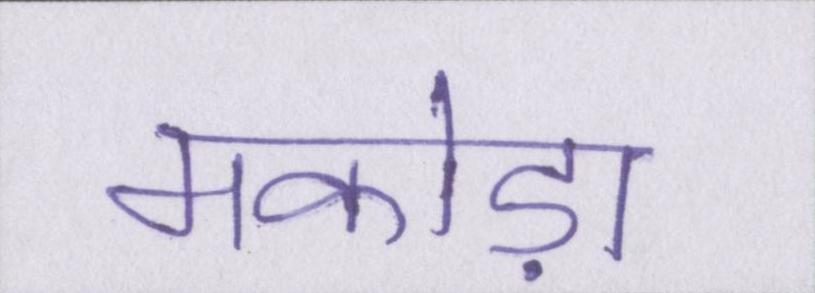
मकोड़ा